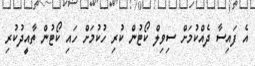
އެ ފައިސާ ދެއްކުމަށް ސިވިލް ކޯޓުން ކުރި ހުކުމަށް ހައި ކޯޓުން ތާއީދުކުރި